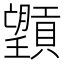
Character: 𪱮